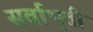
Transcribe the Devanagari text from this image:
सर्वाभूतीं